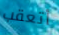
أتعقب